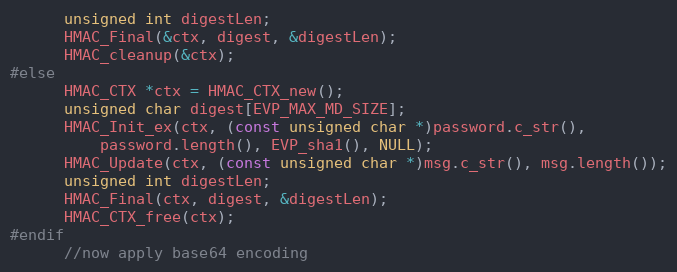
Language: C++
      unsigned int digestLen;
      HMAC_Final(&ctx, digest, &digestLen);
      HMAC_cleanup(&ctx);
#else
      HMAC_CTX *ctx = HMAC_CTX_new();
      unsigned char digest[EVP_MAX_MD_SIZE];
      HMAC_Init_ex(ctx, (const unsigned char *)password.c_str(),
          password.length(), EVP_sha1(), NULL);
      HMAC_Update(ctx, (const unsigned char *)msg.c_str(), msg.length());
      unsigned int digestLen;
      HMAC_Final(ctx, digest, &digestLen);
      HMAC_CTX_free(ctx);
#endif
      //now apply base64 encoding